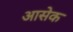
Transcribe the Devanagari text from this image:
आसेक